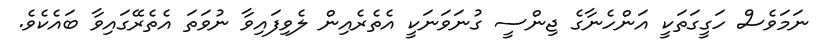
ނަމަވެސް ހަގީގަތަކީ އަންހެނާގެ ޖިންސީ ގުނަވަނަކީ އެތެރެއިން ލެވިފައިވާ ނުވަތަ އެތެރޭގައިވާ ބައެކެވެ.